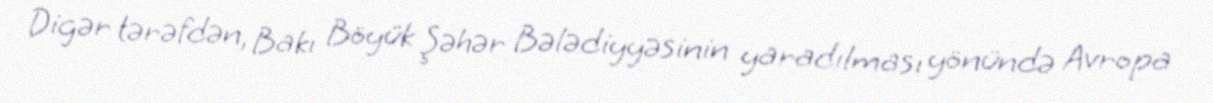
Digər tərəfdən, Bakı Böyük Şəhər Bələdiyyəsinin yaradılması yönündə Avropa